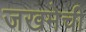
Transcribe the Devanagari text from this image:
जखमेची